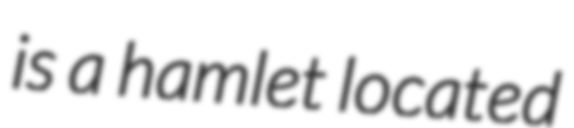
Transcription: is a hamlet located